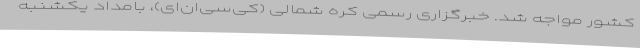
کشور مواجه شد. خبرگزاری رسمی کره شمالی (کِی‌سی‌ان‌اِی)، بامداد یکشنبه